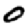
Digit: 0